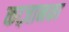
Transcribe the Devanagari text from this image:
काज़ानका